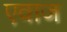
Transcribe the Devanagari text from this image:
एवाज